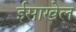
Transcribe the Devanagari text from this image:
ईसाखेल